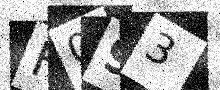
Text: F093